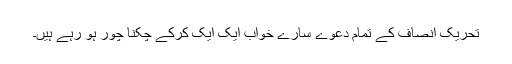
تحریک انصاف کے تمام دعوے سارے خواب ایک ایک کرکے چکنا چور ہو رہے ہیں۔